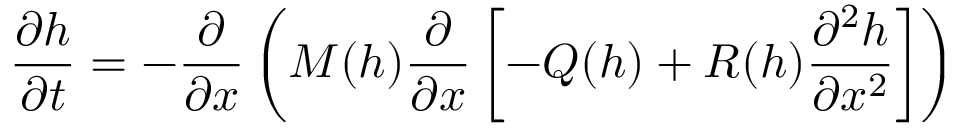
\frac { \partial h } { \partial t } = - \frac { \partial } { \partial x } \left( M ( h ) \frac { \partial } { \partial x } \left[ - Q ( h ) + R ( h ) \frac { \partial ^ { 2 } h } { \partial x ^ { 2 } } \right] \right)